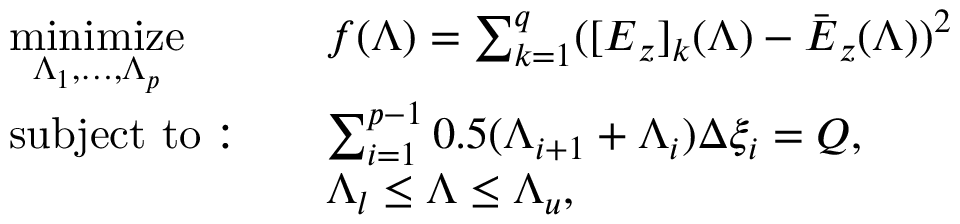
\begin{array} { r l r l } & { \underset { \Lambda _ { 1 } , \ldots , \Lambda _ { p } } { \mathrm { m i n i m i z e } } } & & { f ( \boldsymbol { \Lambda } ) = \sum _ { k = 1 } ^ { q } ( [ \boldsymbol { E } _ { z } ] _ { k } ( \boldsymbol { \Lambda } ) - \bar { \boldsymbol { E } } _ { z } ( \boldsymbol { \Lambda } ) ) ^ { 2 } } \\ & { \mathrm { s u b j e c t ~ t o : } } & & { \sum _ { i = 1 } ^ { p - 1 } 0 . 5 ( \Lambda _ { i + 1 } + \Lambda _ { i } ) \Delta \xi _ { i } = Q , } \\ & { } & & { \boldsymbol { \Lambda } _ { l } \le \boldsymbol { \Lambda } \le \boldsymbol { \Lambda } _ { u } , } \end{array}